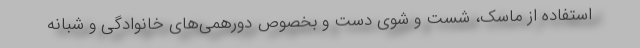
استفاده از ماسک، شست و شوی دست و بخصوص دورهمی‌های خانوادگی و شبانه